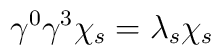
\gamma^{0}\gamma^{3}\chi_{s} = \lambda_{s} \chi_{s}\,